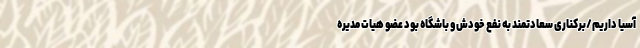
آسیا داریم/برکناری سعادتمند به نفع خودش و باشگاه بود عضو هیات مدیره